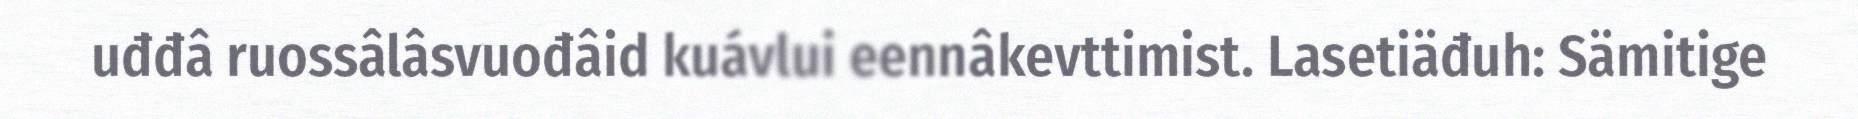
uđđâ ruossâlâsvuođâid kuávlui eennâkevttimist. Lasetiäđuh: Sämitige